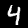
Label: 4